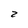
Character: z